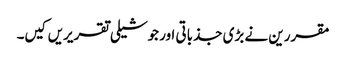
مقررین نے بڑی جذباتی اور جوشیلی تقریریں کیں۔